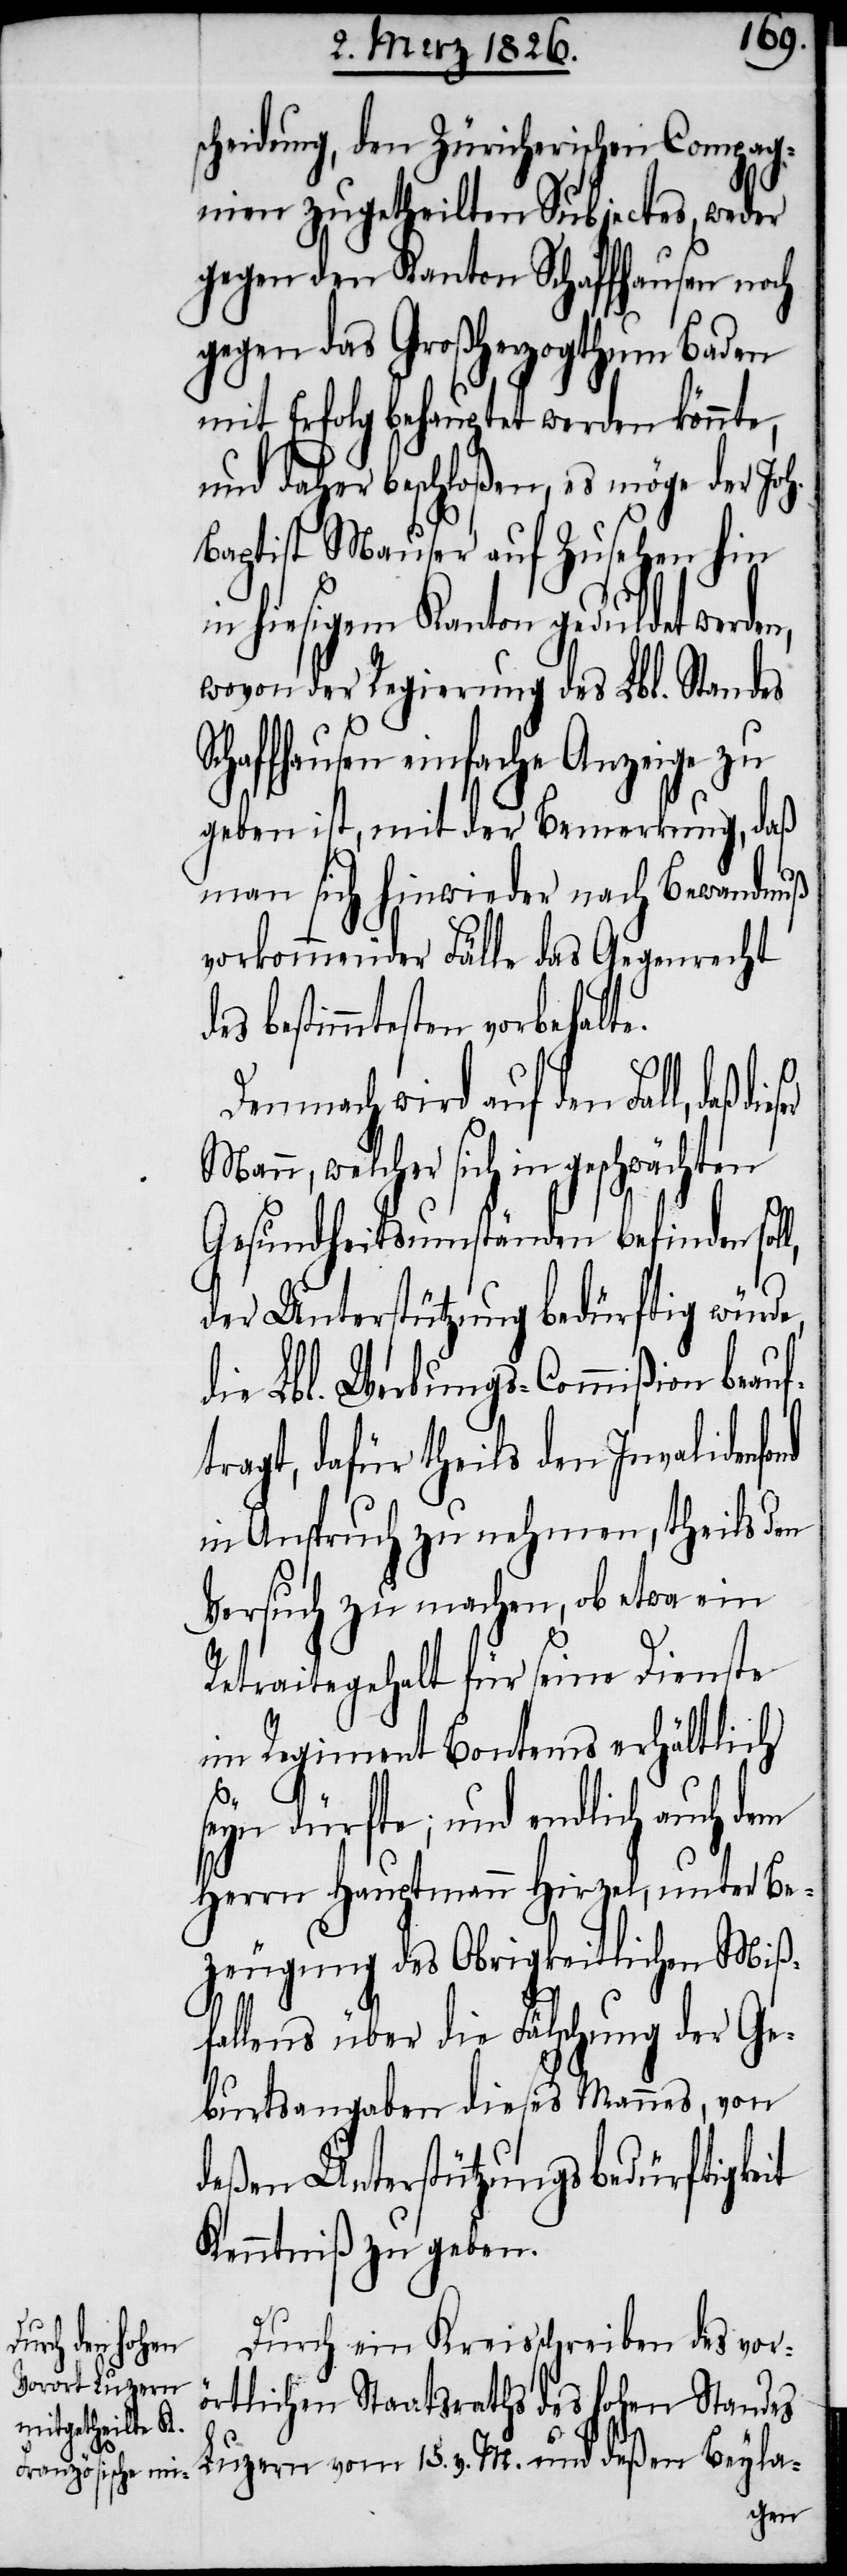
ond

scheidung, den Züricherischen Compag¬
nien zugetheilten Subjectes, weder
gegen den Kanton Schaffhausen noch
gegen das Großherzogthum Baden
mit Erfolg behauptet werden könnte,
und daher beschloßen, es möge der Joh.
Baptist Mauser auf Zusehen hin
in hiesigem Kanton geduldet werde¬
wovon der Regierung des Lbl. Standes
chaffhausen einfache Anzeige zu
geben ist, mit der Bemerkung, daß
man sich hinwieder nach Bewandnuß
vorkommender Fälle das Gegenrecht
es bestimmtesten vorbehalt¬
Demnach wird auf den Fall, daß
Mann, welcher sich in
Gesundheitsumständen befinden soll,
der Unterstützung bedürftig würde,
die Lbl. Werbungs-Commißion beauf¬
tragt, dafür theils den Invalidenf¬
in Anspruch zu nehmen, theils den
Versuch zu machen, ob etwa ein
Retraitegehalt für seine Dienste
im Regiment Bontems erhältlich
e.
seyn dürfte; und endlich auch dem
Herrn Hauptmann Hirzel, unter Be¬
zeugung des Obrigkeitlichen Miß¬
fallens über die Fälschung der Ge¬
burtsangaben dieses Mannes, von
deßen Unterstützungsbedürftigkeit
Kenntniß zu geben.
Durch ein Kreisschreiben des vor¬
örtlichen Staatsraths des hohen Standes
Luzern vom 15. v. M. und deßen Beyla-